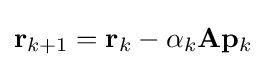
\mathbf {r} _{k+1}=\mathbf {r} _{k}-\alpha _{k}\mathbf {A} \mathbf {p} _{k}